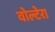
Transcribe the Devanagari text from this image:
वोल्टेरा